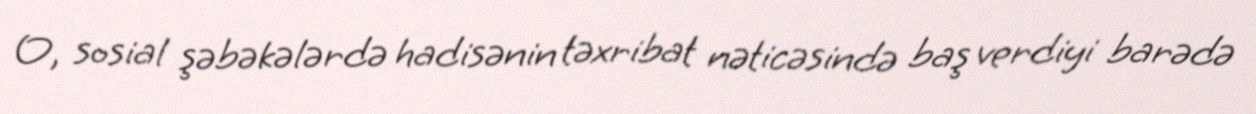
O, sosial şəbəkələrdə hadisənin təxribat nəticəsində baş verdiyi barədə